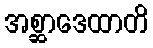
အစ္ဆာဒေထာတိ